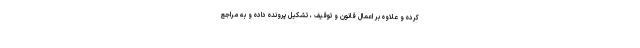
کرده و علاوه بر اعمال قانون و توقیف ، تشکیل پرونده داده و به مراجع